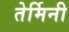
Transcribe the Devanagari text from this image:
तेर्मिनी